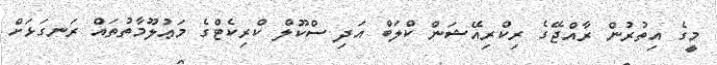
މީގެ އިތުރުން ރާއްޖޭގެ ރިކްރިއޭޝަން ކްލަބް އަދި ސްކޫލް ކްރިކެޓްގެ މަޢުލޫމާތުތައް ރަނގަޅަށް